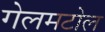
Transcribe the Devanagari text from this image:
गेलमटोल